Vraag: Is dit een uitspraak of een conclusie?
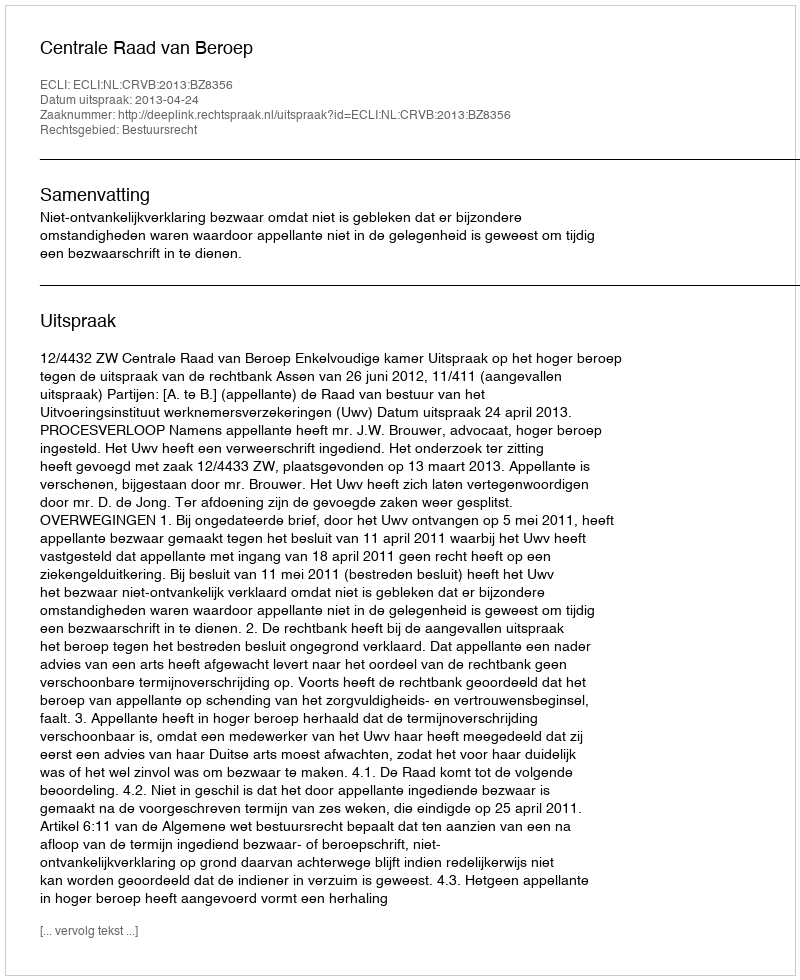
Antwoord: Uitspraak